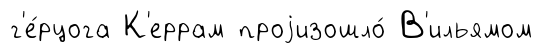
г'е́рцога К'еррам проjизошло́ В'ильямом